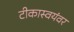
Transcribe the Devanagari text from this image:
टीकास्वयंवर